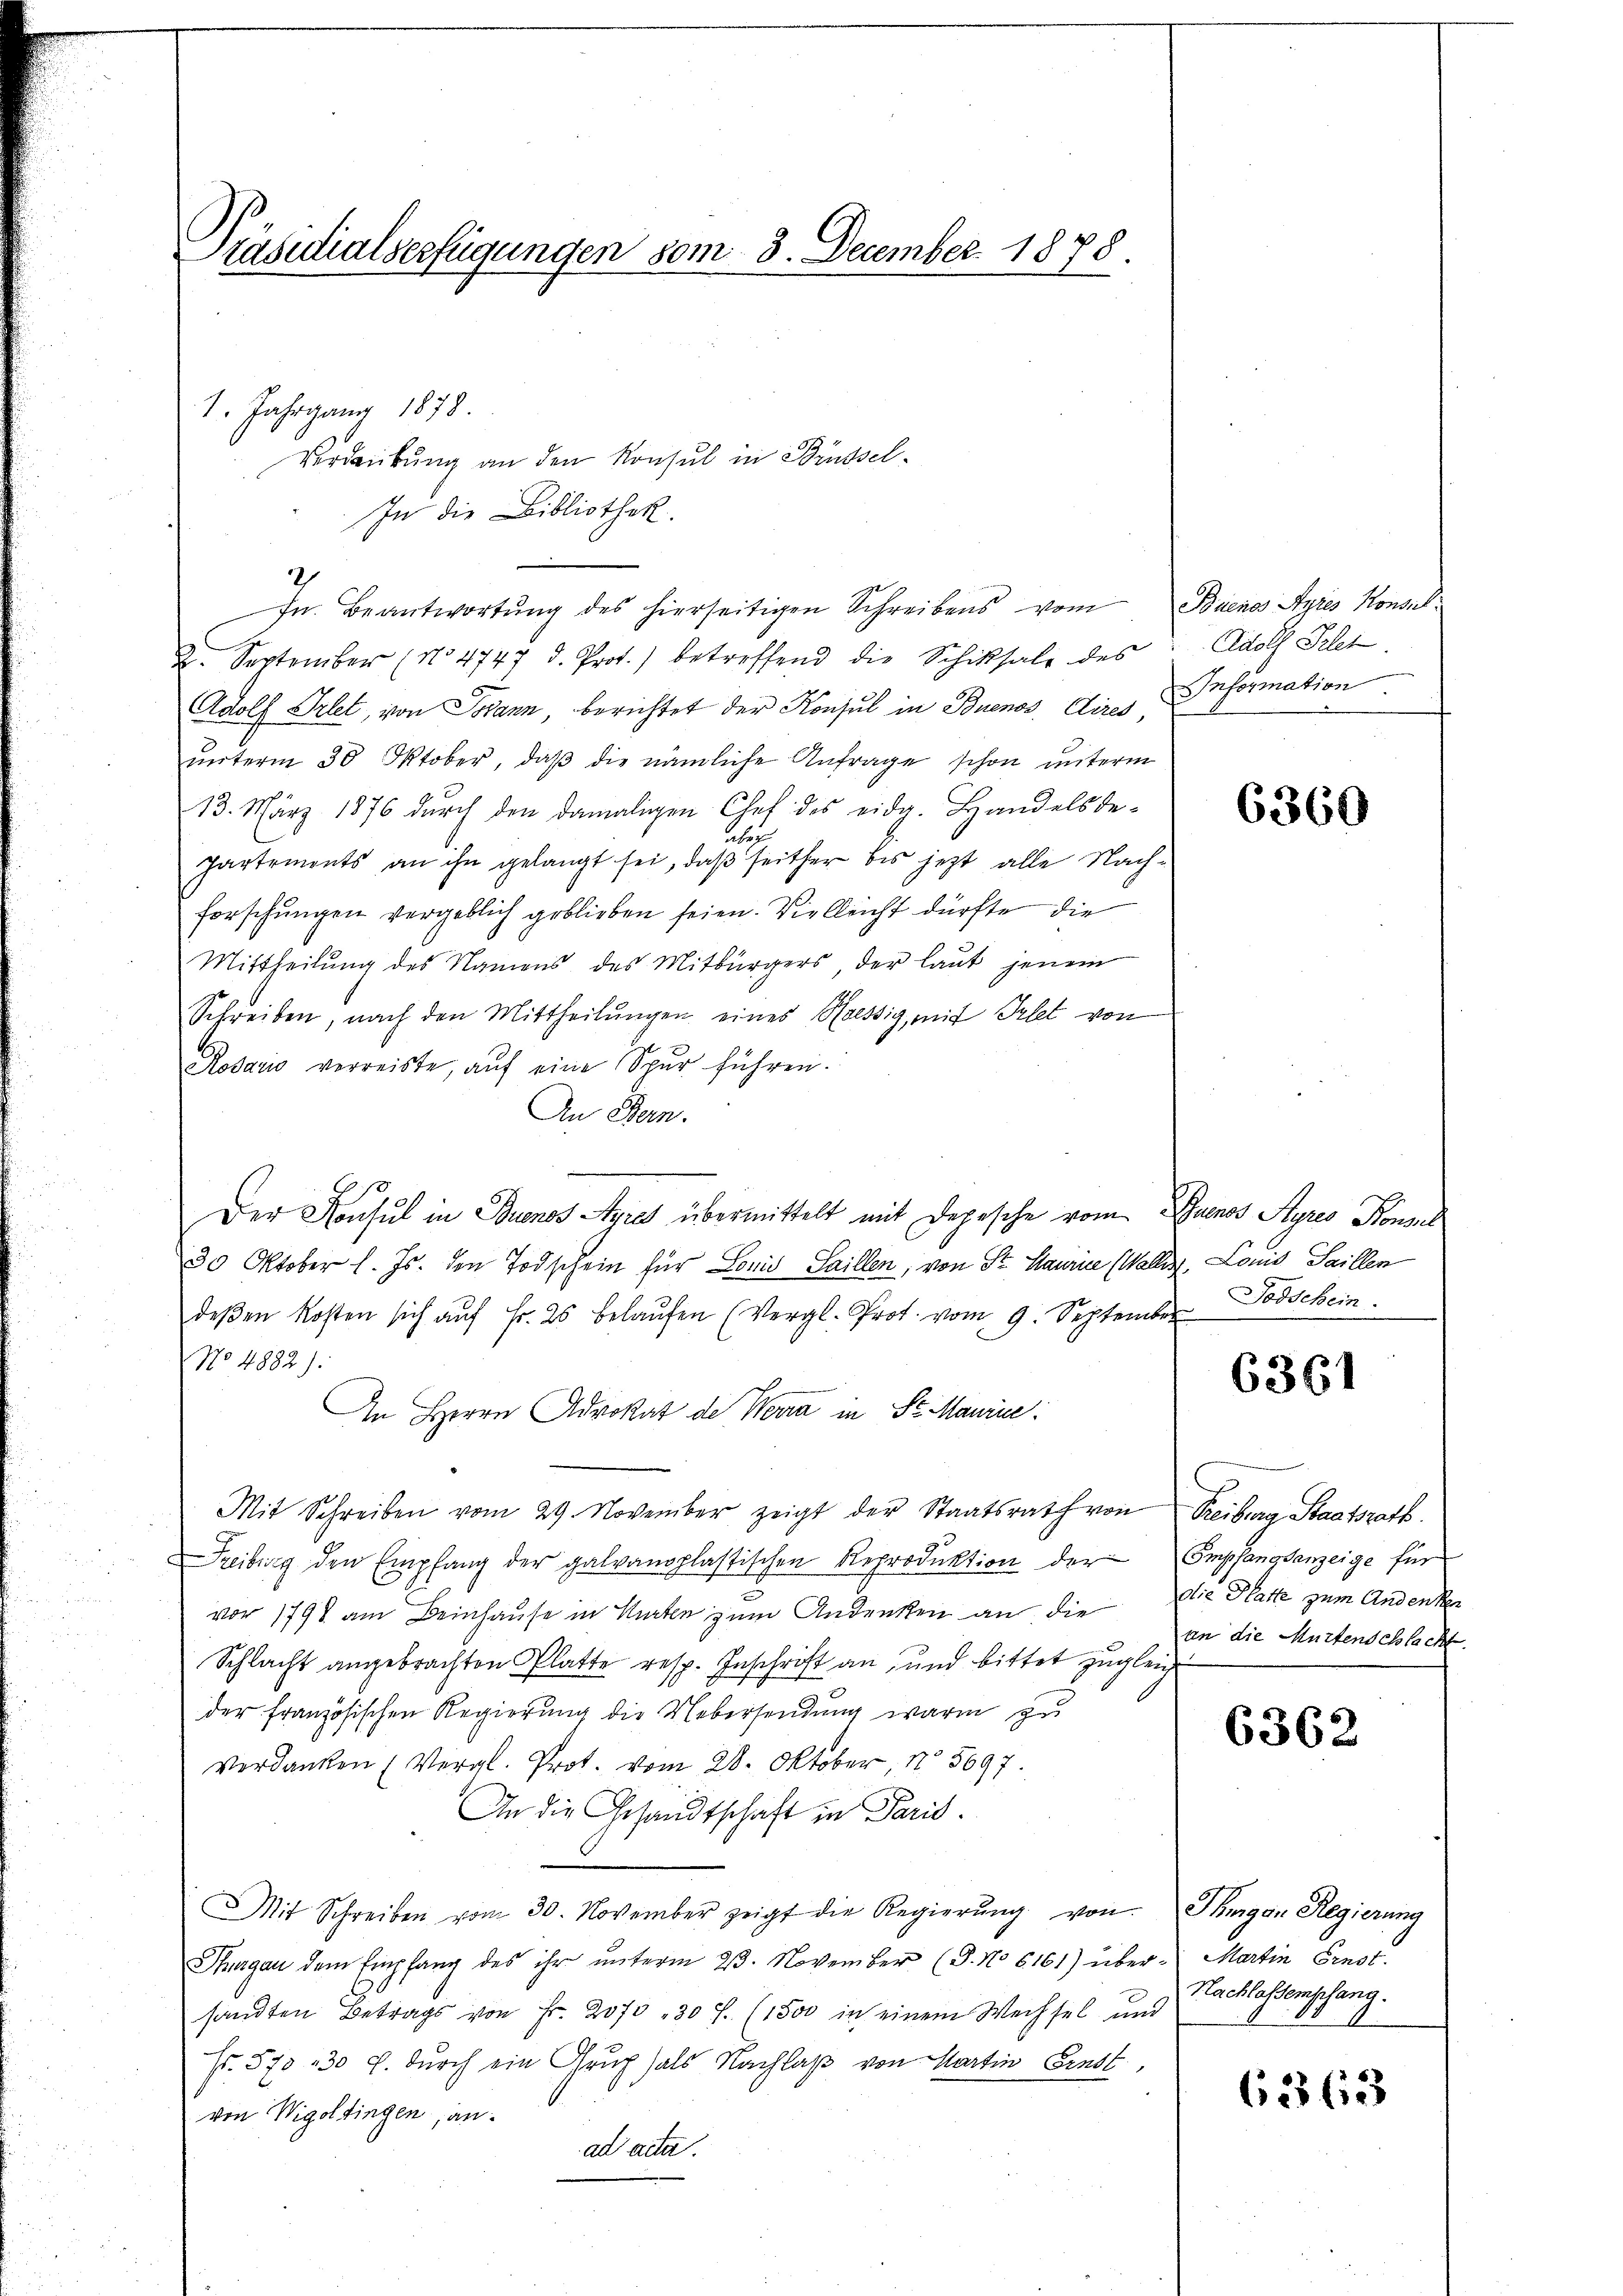
Präsidialverfügungen vom 3. December 1878.

1. Jahrgang 1878.
Verdankung an den Konsul in Brüssel¬

In die Bibliothek.
In Beantwortŭng des hierseitigen Schreibens vom Buenos Ayres Konsil
2. September (No 4747 d. Prot.) betreffend die Schiksale des
Adolf Srlet, von Johann, berichtet der Konsul in Buenos Aires Information.
ŭnterm 30. Oktober, daβ die nämliche Anfrage schon unterm
13. März 1876 durch den damaligen Chef des eidg. Handelsde-
es
Partements an ihn gelangt sei, daß seither bis jetzt alle Nachforschungen vergeblich geblieben seien. Vielleicht dürfte die
Mittheilŭng des Namens des Mitbürgers der laŭt jenem
Schreiben, nach den Mittheilŭngen eines Hessig, mit Telet von
Rosario verreiste, auf eine Spur führen.
An Bern.
Der Konsul in Buenos Ayres übermittelt mit Depesche vom Buenos Styres Konsel
30 Oktober l. Js. den Todschein für Lonio Saillen, von Sr. Haurie (Wallis, Louis Saillen
deβen Kosten sich aŭf Fr. 25 belaŭfen (Vergl. Prot. vom 9. September
No 4882).
In Herrn Advokat de Werra in St. Marie
Mit Schreiben vom 29. November zeigt der Staatsrath von Treiburg Staatsrath.
Treiburg den Empfang der galvandplastischen Reproduktion der Empfangsanzeige für
vor 1798 am Beinhause in Karten zum Andenken an die die Platte zum Andenken
Schlacht angebrachten Platte resp. Inschrift an, und bittet zugleich
der französischen Regierung die Uebersendung warm zu
Verdanken (Vergl. Prot. vom 28. Oktober, 15697.
An die Gesandtschaft in Paris.
MMit Schreiben vom 30. November zeigt die Regierŭng von Thurgan Regierung
Thurgau dem Empfang des ihr ŭnterm 23. November (§. No 6161) über- Martin Fenst
sandten Betrags von Fr. 2070 - 30 f. (1500 in einem Wechsel und
Fr. 570 - 30 f. durch ein Gruf als Nachlaß von Martin Ernst,
von Wigoltingen, an:
ad acta.

Adolf Filet.

6360

Todschein.

6361

an die Muttenschlacht.

6362

Nachlassenschang.

62863